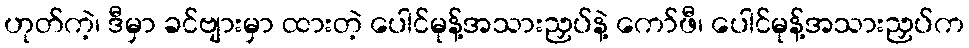
ဟုတ်ကဲ့၊ ဒီမှာ ခင်ဗျားမှာ ထားတဲ့ ပေါင်မုန့်အသားညှပ်နဲ့ ကော်ဖီ၊ ပေါင်မုန့်အသားညှပ်က